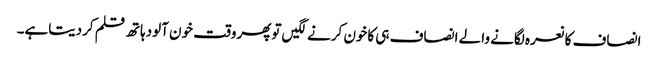
انصاف کانعرہ لگانے والے انصاف ہی کاخون کرنے لگیں توپھروقت خون آلودہاتھ قلم کردیتاہے۔